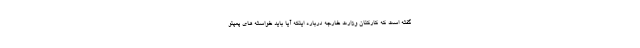
گفته است که کارکنان وزارت خارجه درباره اینکه آیا باید خواسته های پمپئو